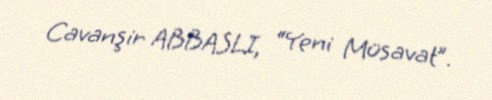
Cavanşir ABBASLI, “Yeni Müsavat”.